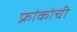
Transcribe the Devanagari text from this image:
फ्रांकोची